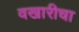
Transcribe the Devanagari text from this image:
वखारीचा